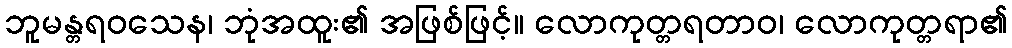
ဘူမန္တရဝသေန၊ ဘုံအထူး၏ အဖြစ်ဖြင့်။ လောကုတ္တရတာဝ၊ လောကုတ္တရာ၏